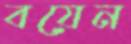
বয়েন